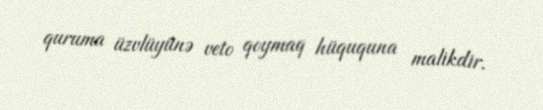
quruma üzvlüyünə veto qoymaq hüququna malikdir.